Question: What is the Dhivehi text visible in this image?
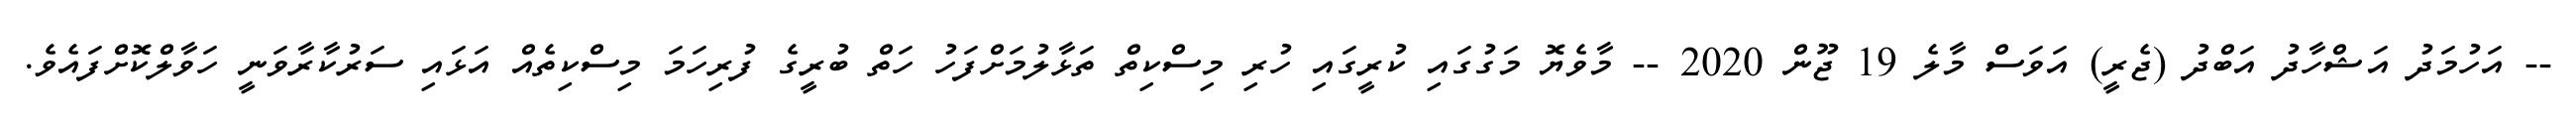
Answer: -- އަހުމަދު އަޝްހާދު އަބްދު (ޖެރީ) އަވަސް މާލެ 19 ޖޫން 2020 -- މާވެޔޮ މަގުގައި ކުރީގައި ހުރި މިސްކިތް ތަޅާލުމަށްފަހު ހަތް ބުރީގެ ފުރިހަމަ މިސްކިތެއް އަޅައި ސަރުކާރާވަނީ ހަވާލްކޮށްފައެވެ.